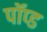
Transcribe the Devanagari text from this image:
पॉप्ड